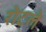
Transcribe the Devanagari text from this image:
रोटले